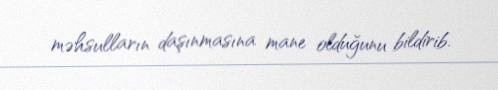
məhsulların daşınmasına mane olduğunu bildirib.